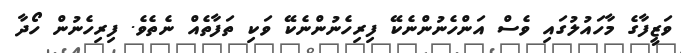
ވަޒީފާގެ މާހައުލުގައި ވެސް އަންހެނުންނެކޭ ފިރިހެނުންނެކޭ ވަކި ތަފާތެއް ނެތެވެ. ފިރިހެނުން ހޯދާ